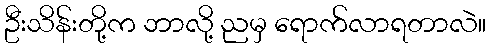
ဦးသိန်းတို့က ဘာလို့ ညမှ ရောက်လာရတာလဲ။